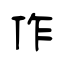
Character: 作